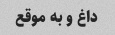
داغ و به موقع